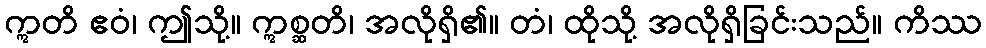
ဣတိ ဧဝံ၊ ဤသို့။ ဣစ္ဆတိ၊ အလိုရှိ၏။ တံ၊ ထိုသို့ အလိုရှိခြင်းသည်။ ကိဿ